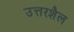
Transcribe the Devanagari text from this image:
उत्तरशैल